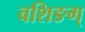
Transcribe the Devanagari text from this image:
वशिङग्